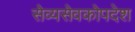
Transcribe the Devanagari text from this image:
सेव्यसेवकोपदेश